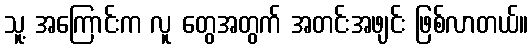
သူ့ အကြောင်းက လူ တွေအတွက် အတင်းအဖျင်း ဖြစ်လာတယ်။